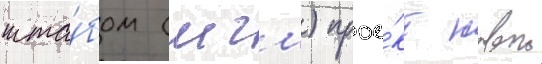
шта́бом (мгш) прое́кт новои